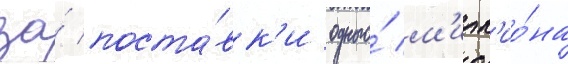
за́ поста́вк'и одного́ м'илл'ио́на